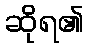
ဆိုရ၏